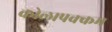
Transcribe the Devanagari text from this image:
कोलापक्कम